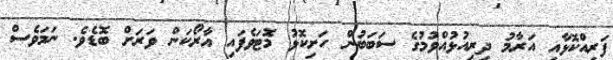
ފަރިއްކޮޅާއި އަރާމު ދިރިއުޅުއްވުމުގެ ސަބަބުން ހަށިކޮޅު މޮޓަވެފައި އާރޯކަން ވަރަށް ބޮޑެވެ. ނަމަވެސް